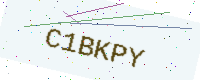
Text: C1BKPY